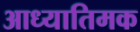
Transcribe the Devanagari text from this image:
आध्यातिमक